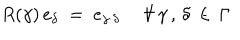
LaTeX: R ( \gamma ) \, e _ { \delta } ~ = ~ e _ { \gamma \cdot \delta } ~ ~ \forall \, \gamma \, , \, \delta \, \in \, \Gamma